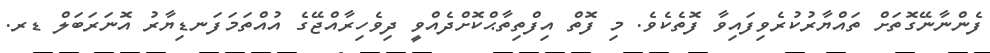
ފެންނާނޭގޮތަށް ތައްޔާރުކުރެވިފައިވާ ފޮތެކެވެ. މި ފޮތް އިފްތިތާޙްކޮށްދެއްވީ ދިވެހިރާއްޖޭގެ އުއްތަމަފަނޑިޔާރު އޮނަރަބަލް ޑރ.